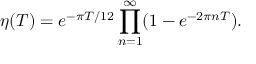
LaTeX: \eta ( T ) = e ^ { - \pi T / 1 2 } \prod _ { n = 1 } ^ { \infty } ( 1 - e ^ { - 2 \pi n T } ) .